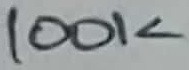
Text: 100K